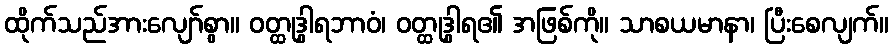
ထိုက်သည်အားလျော်စွာ။ ဝတ္ထုဒွါရဘာဝံ၊ ဝတ္ထုဒွါရ၏ အဖြစ်ကို။ သာစယမာနာ၊ ပြီးစေလျက်။